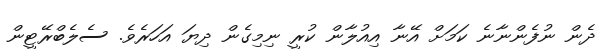
ދެން ނުފެންނާނެ ކަމަށް އޭނާ އިއުލާން ކުރީ ނިމިގެން ދިޔަ އަހަރެވެ. ސެލެބްރޭޓީން